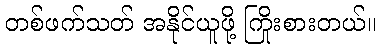
တစ်ဖက်သတ် အနိုင်ယူဖို့ ကြိုးစားတယ်။